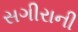
સગીરાની